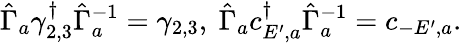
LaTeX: \hat{\Gamma}_{a}\gamma_{2,3}^{\dagger}\hat{\Gamma}_{a}^{-1}=\gamma_{2,3},\ \hat{\Gamma}_{a}c_{E^{\prime},a}^{\dagger}\hat{\Gamma}_{a}^{-1}=c_{-E^{\prime},a}.